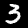
Label: 3